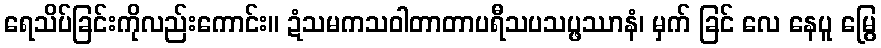
ရေသိပ်ခြင်းကိုလည်းကောင်း။ ဍံသမကသဝါတာတာပရီသပသပ္ဖဿာနံ၊ မှက် ခြင် လေ နေပူ မြွေ